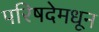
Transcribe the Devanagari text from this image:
परिषदेमधून